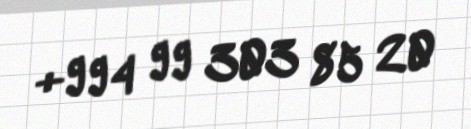
+994 99 303 85 20